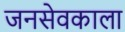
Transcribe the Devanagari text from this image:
जनसेवकाला